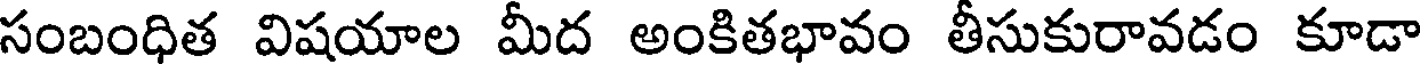
సంబంధిత విషయాల మీద అంకితభావం తీసుకురావడం కూడా